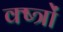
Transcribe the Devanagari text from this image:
क्ष्त्रों